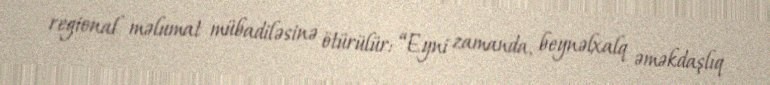
regional məlumat mübadiləsinə ötürülür: “Eyni zamanda, beynəlxalq əməkdaşlıq